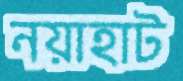
নয়াহাট